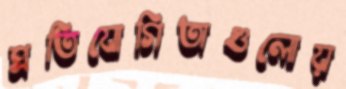
প্রতিযোগিতাগুলোয়